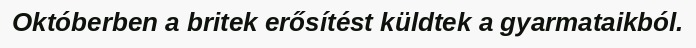
Októberben a britek erősítést küldtek a gyarmataikból.